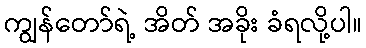
ကျွန်တော်ရဲ့ အိတ် အခိုး ခံရလို့ပါ။